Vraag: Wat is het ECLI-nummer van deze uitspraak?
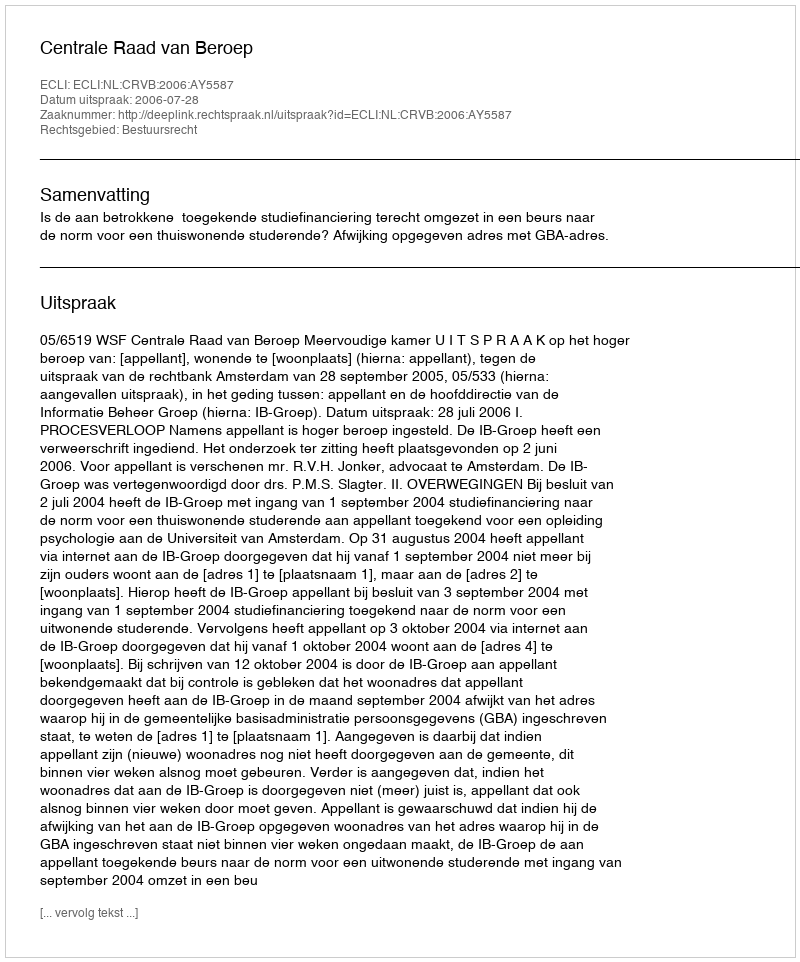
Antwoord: ECLI:NL:CRVB:2006:AY5587